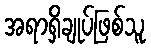
အရာရှိချုပ်ဖြစ်သူ